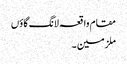
مقام واقعہ لانگ گاؤں
ملزمین ۔